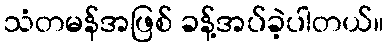
သံတမန်အဖြစ် ခန့်အပ်ခဲ့ပါတယ်။